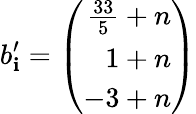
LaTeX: b_{\mathbf{i}}^{\prime}=\left(\begin{array}{r}{{\frac{33}{5}+n}}\\ {{1+n}}\\ {{-3+n}}\end{array}\right)